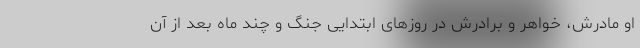
او مادرش، خواهر و برادرش در روزهای ابتدایی جنگ و چند ماه بعد از آن